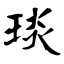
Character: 琰